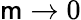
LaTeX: \mathsf{m}\rightarrow0